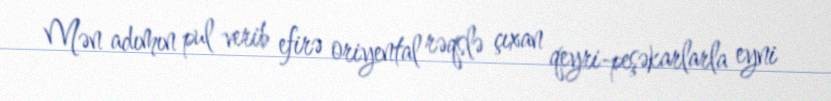
Mən adımın pul verib efirə oriyental rəqslə çıxan qeyri-peşəkarlarla eyni